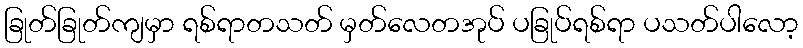
ခြုတ်ခြုတ်ကျမှာ ရစ်ရာတသတ် မှတ်လေတအုပ် ပခြုပ်ရစ်ရာ ပသတ်ပါလော့